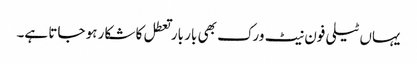
یہاں ٹیلی فون نیٹ ورک بھی بار بار تعطل کا شکار ہو جاتا ہے۔